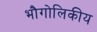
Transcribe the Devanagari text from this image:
भौगोलिकीय